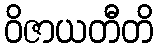
ဝိဇာယတီတိ